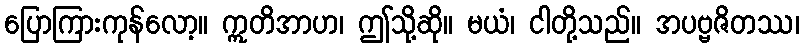
ပြောကြားကုန်လော့။ ဣတိအာဟ၊ ဤသို့ဆို။ မယံ၊ ငါတို့သည်။ အပဗ္ဗဇိတဿ၊